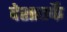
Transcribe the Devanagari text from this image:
देशातर्फे